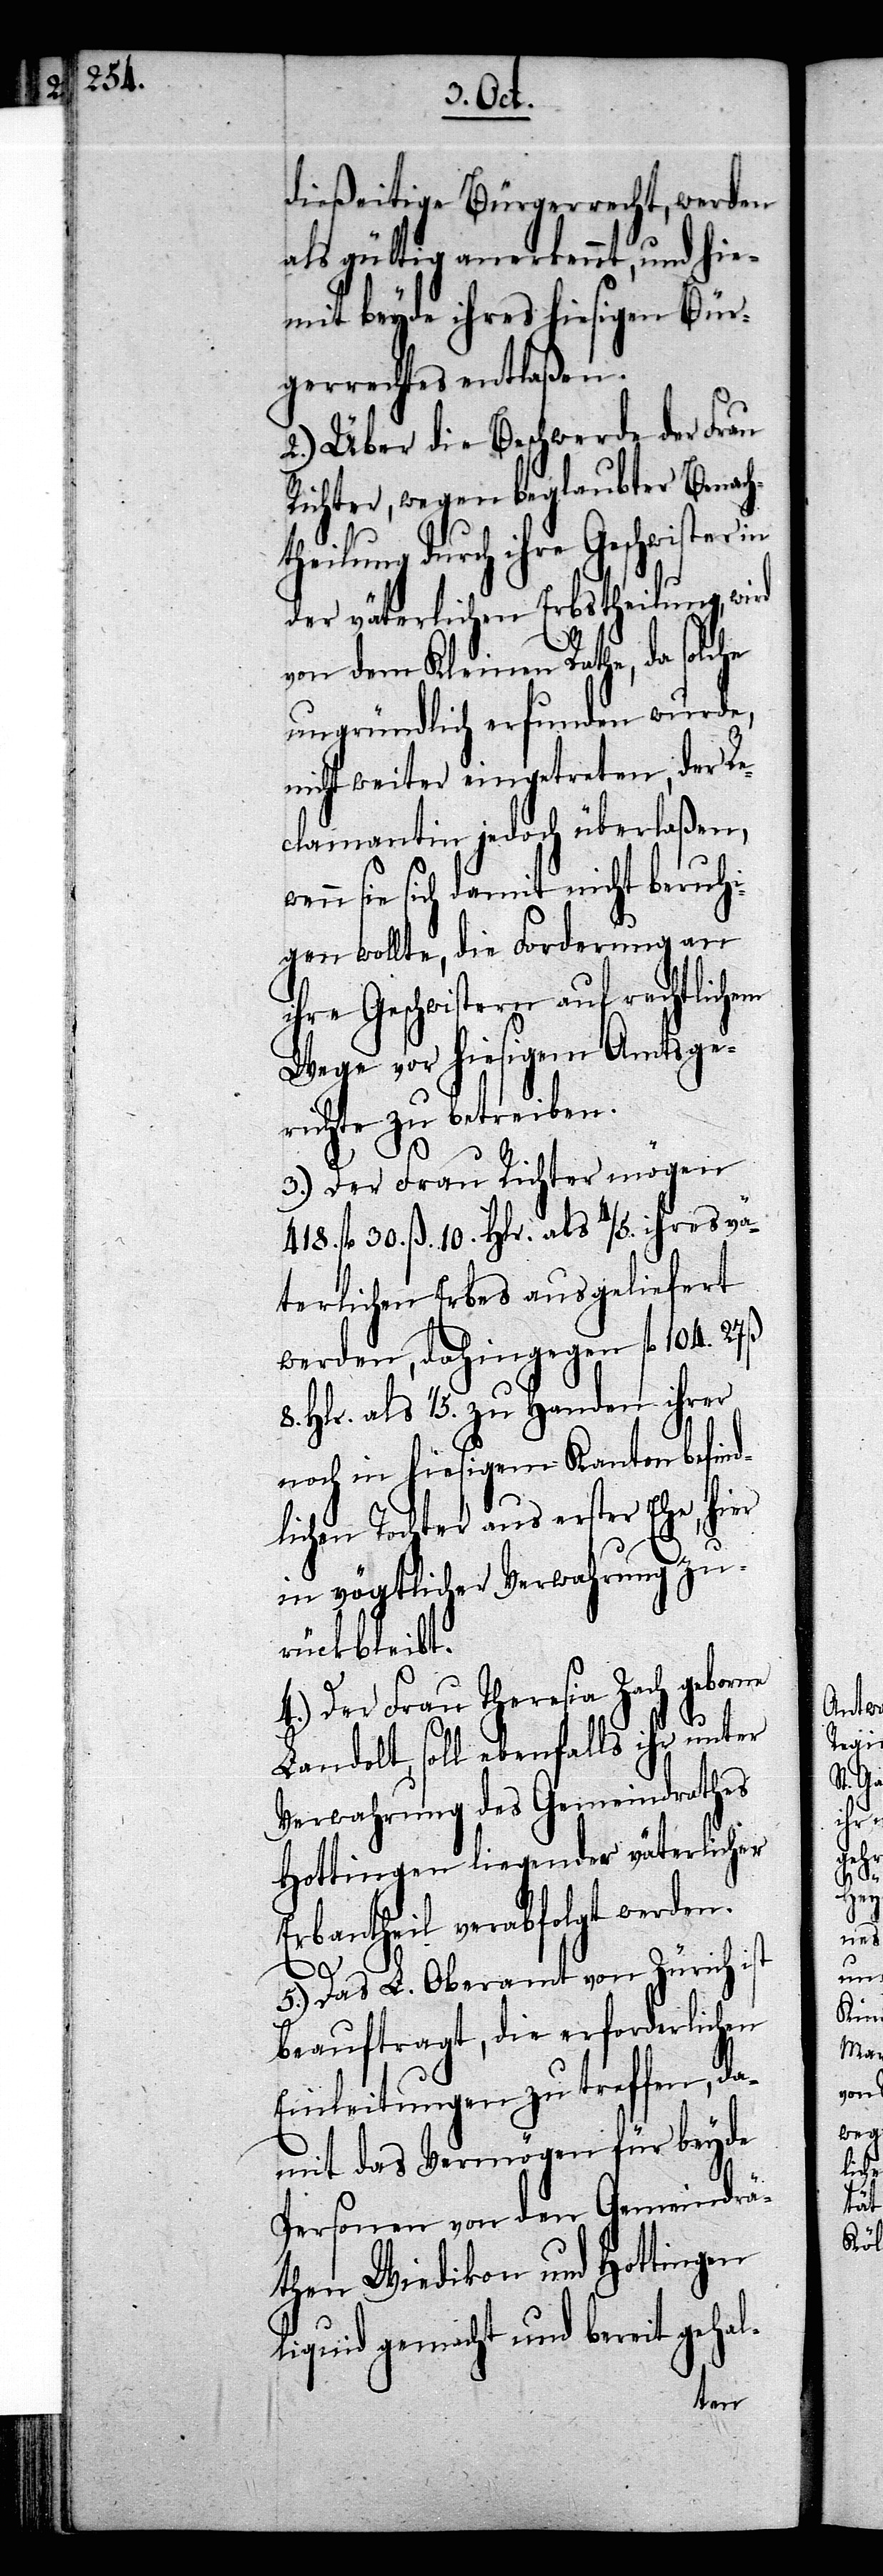
dießeitige Bürgerrecht, werden
als gültig anerkennt, und hie¬
mit beyde ihres hiesigen Bür¬
gerrechtes entlaßen.
2.) Über die Beschwerde der Frau
Richter, wegen beglaubter Benach¬
theilung durch ihre Geschwister in
der väterlichen Erbstheilung, wird
von dem Kleinen Rathe, da solche
ungründlich erfunden wurde,
nicht weiter eingetreten, der Re¬
clamantin jedoch überlaßen,
sie sich damit nicht beruhi¬
gen wollte, die Forderung an
ihre Geschwistern auf rechtlichem
Wege vor hiesigem Amtsge¬
richte zu betreiben.
3.) Der Frau Richter mögen
418. fl 30. ß. 10. Hlr. als 4/5. ihres vä¬
terlichen Erbes ausgeliefert
werden, dahingegen fl 104. 27 ß
8. Hlr. als 1/5. zu Handen ihrer
noch in hiesigem Kanton befind¬
lichen Tochter aus erster Ehe, hier
in vögtlicher Verwahrung zu¬
rückbleibt.
4.) Der Frau Theresia Zach geborne
Landolt, soll ebenfalls ihr unter
Verwahrung des Gemeindrathes
Hottingen liegender väterlicher
Erbantheil verabfolgt werden.
5.) Das L. Oberamt von Zürich
beauftragt, die erforderlichen
Einleitungen zu treffen, da¬
mit das Vermögen für beyde
Personen von den Gemeindrä¬
then Wiedikon und Hottingen
liquid gemacht und bereit gehal-